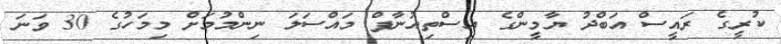
ކުރީގެ ރައީސް އަބްދު ޔާމީންގެ އިސްތިއުނާފް މައްސަލަ ނިންމުމަށް މިމަހުގެ 30 ވަނަ